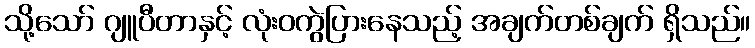
သို့သော် ဂျူပီတာနှင့် လုံးဝကွဲပြားနေသည့် အချက်တစ်ချက် ရှိသည်။